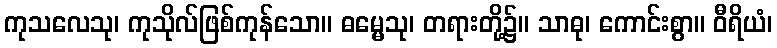
ကုသလေသု၊ ကုသိုလ်ဖြစ်ကုန်သော။ ဓမ္မေသု၊ တရားတို့၌။ သာဓု၊ ကောင်းစွာ။ ဝီရိယံ၊